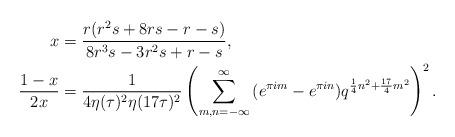
LaTeX: \begin{align*}x&=\frac{r(r^{2}s + 8rs- r - s)}{8r^{3}s-3r^{2}s +r-s}, \\ \frac{1-x}{2 x} &=\frac{1}{4\eta(\tau)^2 \eta(17\tau)^2}\left(\sum_{m,n=-\infty}^{\infty}{(e^{\pi i m}-e^{\pi i n})q^{\frac{1}{4}n^2+\frac{17}{4}m^2}}\right)^2. \end{align*}